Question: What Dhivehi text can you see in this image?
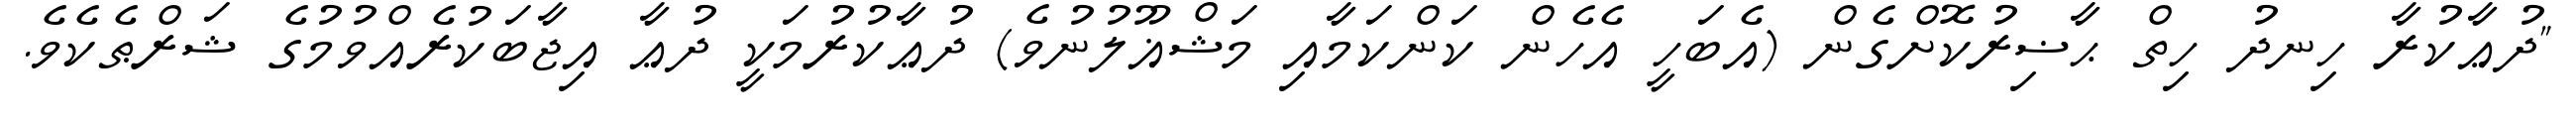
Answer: "ދުޢާކުރާ ހިނދު ހިތް ޙާޟިރުކޮށްގެން (އެބަހީ އެހެން ކަންކަމާއި މަޝްޣޫލުނުވެ) ދުޢާކުރުމަކީ ދުޢާ އިޖާބަކުރެއްވުމުގެ ޝަރްޠެކެވެ.